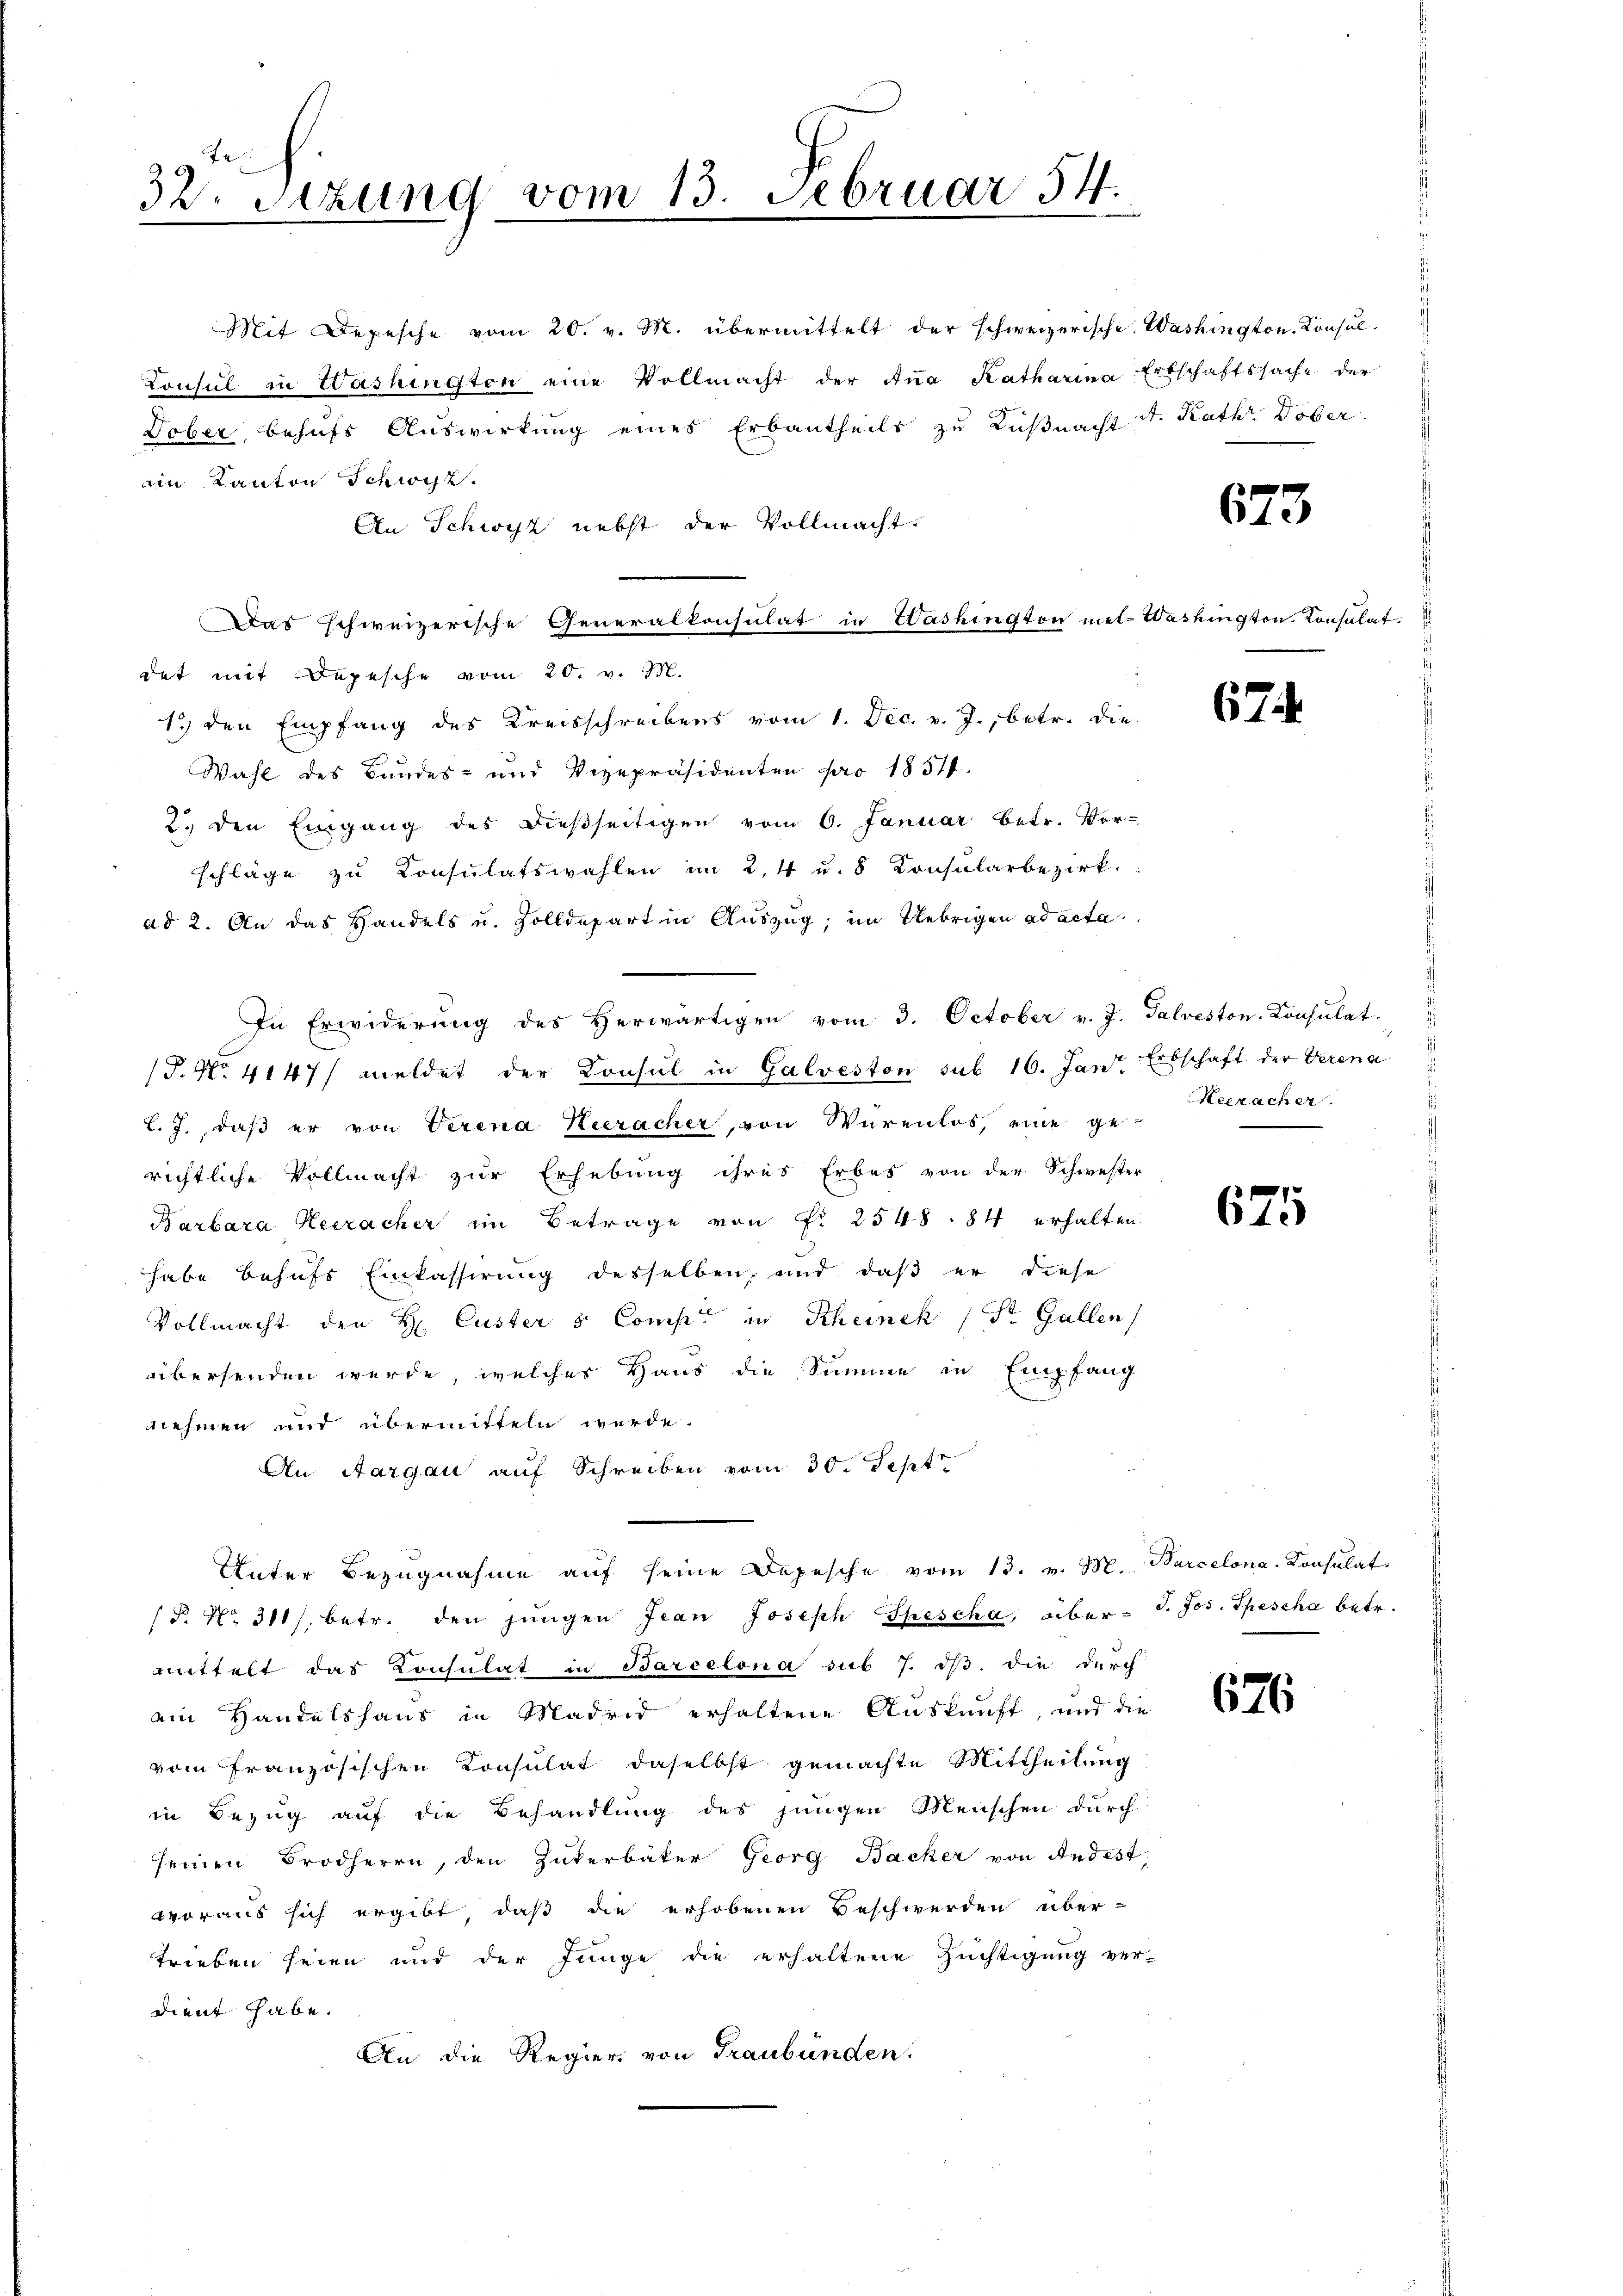
32. Setzung vom 13. Februar 54.

Mit Depesche vom 20. v. M. übermittelt der schweizerische Washington Konsul-
Konsul in Washington eine Vollmacht der Aṅa Katharina Erbschaftssache der
Dober behufs Auswirkung eines Erbautheils zu Küßnacht d. Rath Dober.
ain Kanton Schwyz.
An Schwyz nebst der Vollmacht.
Das schweizerische Generalkonsulat in Washington met-Washington. Konsulat
det mit Depesche vom 20. v. M.
1.) den Empfang des Kreisschreibens vom 1. Dec. v. J., betr. die
Wahl des Bandes- und Vizepräsidenten pro 1854.
2. den Eingang des dießseitigen vom 6. Januar betr. Vor-
schläge zu Consulatswahlen im 2,4 u. 8 Konsularbezirk.
ad 2. An das Handels u. Zolldepart in Auszug, im Uebrigen ad acta
In Erwiderŭng des herwärtigen vom 3. October v. J. Galveston. Consulat.
P. No. 4147/ meldet der Consul in Galveston sub 16. Jan. Erbschaft der Verena
L. J., daß er von Verena Heeracher, von Würenlos, eine ge-
richtliche Vollmacht zur Erhebung ihres Erbes von der Schwester
Barbara Heeracher im Betrage von Fr. 2548. 84 erhalten
habe behufs Einkassirung desselben, und daß er diese
Vollmacht den H. Custer & Comp. in Scheinek (St. Gallen
übersenden werde, welches Haus die Summe in Empfang
nehmen und übermitteln werde.
An Aargau auf Schreiben vom 30. Sept
Unter Bezugnahme aŭf seine Depesche vom 13. v. M. Barcelona-Konsulat
P. Nr. 318/. betr. den jungen Jean Joseph Spescha, über- J. Jos. Spescha betr.
mittelt das Consulat in Barcelona sub 7. ds. die durch
ain Handelshaus in Madrid erhaltene Auskunft, und die
vom Französischen Konsulat daselbst gemachte Mittheilung
in Bezug auf die Behandlung des jungen Menschen durch
seinen Brodherrn, den Zukerbäter Georg Backer von Andest
woraus sich ergibt, daß die erhobenen Beschwerden über-
trieben seien und der Junge die erhaltene Züchtigung ver-
dient habe.
An die Regier von Graubünden.

673

67

Heerache
d

675

676